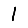
Digit: 1